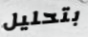
بتحليل